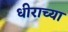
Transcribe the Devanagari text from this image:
धीराच्या